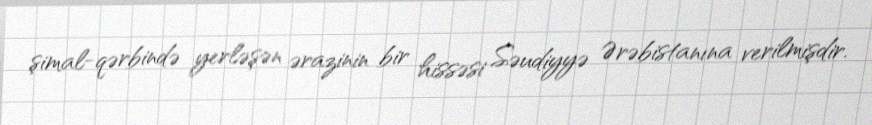
şimal-qərbində yerləşən ərazinin bir hissəsi Səudiyyə Ərəbistanına verilmişdir.